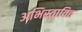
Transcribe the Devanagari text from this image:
अभिस्तावित